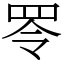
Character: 𦊓